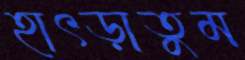
হাৎড়াতুম